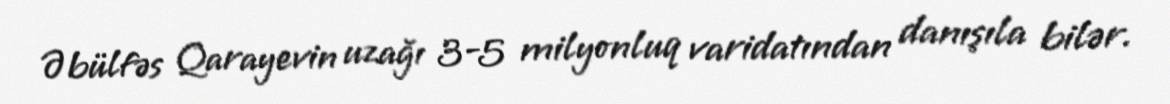
Əbülfəs Qarayevin uzağı 3-5 milyonluq varidatından danışıla bilər.